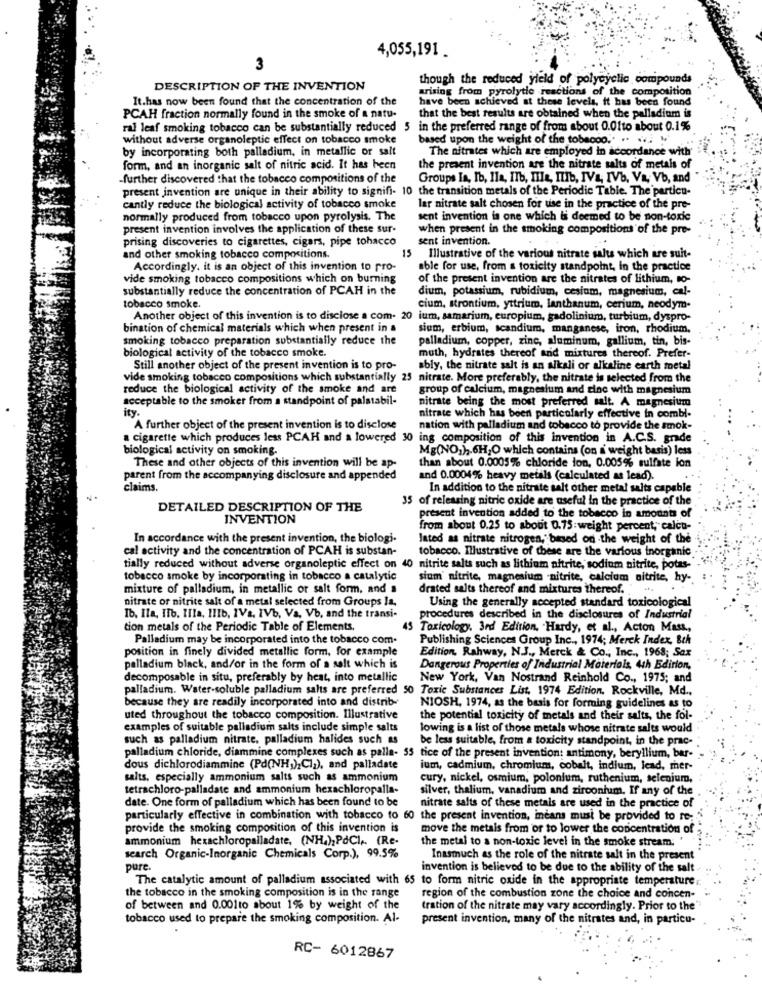
4,055,191 .
3
though the reduced yield of polycyclic compounds
DESCRIPTION OF THE INVENTION
arising from pyrolytic reactions of the composition
It.has now been found that the concentration of the
have been achieved at these levels, it has been found
PCAH fraction normally found in the smoke of a natu-
that the best results are obtained when the palladium is
ral leaf smoking tobacco can be substantially reduced 5 in the preferred range of from about 0.0fto about 0.1%
without adverse organoleptic effect on tobacco smoke
based upon the weight of the tobacco .. .. ...
by incorporating both palladium, in metallic or salt
The nitrates which are employed in accordance with'
form, and an inorganic salt of nitric acid. It has been
the present invention are the nitrate salts of metals of
-further discovered that the tobacco compositions of the
Groups Ia, Ib, Ila, ITb, Ille, ITIb, IVA, IVb. Va. Vb, and
present invention are unique in their ability to signifi- 10 the transition metals of the Periodic Table. The particu-
cantly reduce the biological activity of tobacco smoke
lar nitrate salt chosen for use in the practice of the pre-
normally produced from tobacco upon pyrolysis. The
sent invention is one which li deemed to be non-toxic
present invention involves the application of these sur-
when present in the smoking compositions of the pre-
prising discoveries to cigarettes, cigars, pipe tobacco
sent invention.
and other smoking tobacco compositions.
15 Illustrative of the various nitrate salts which are suit-
Accordingly. it is an object of this invention to pro-
able for use, from s toxicity standpoint, in the practice
vide smoking tobacco compositions which on burning
of the present invention are the nitrates of lithium, to-
substantially reduce the concentration of PCAH in the
dium, potassium, rubidium, cesium, magnesium, cal-
tobacco smoke.
cium, strontium, yttrium, lanthanum, cerium, neodym-
Another object of this invention is to disclose a com- 20 ium, samarium, europium, gadolinium, turbium, dyspro-
bination of chemical materials which when present in a
sium, erbium, scandium, manganese, iron, rhodium.
smoking tobacco preparation substantially reduce the
palladium, copper, zinc, aluminum, gallium, tin, bis-
biological activity of the tobacco smoke.
muth, hydrates thereof and mixtures thereof. Prefer-
Still another object of the present invention is to pro-
ably, the nitrate salt is an alkali or alkaline earth metal
vide smoking tobacco compositions which substantially 25 nitrate. More preferably, the nitrate is selected from the
reduce the biological activity of the smoke and are
group of calcium, magnesium and sine with magnesium
acceptable to the smoker from a standpoint of palstabil-
nitrate being the most preferred salt. A magnesium
ity.
nitrate which has been particularly effective in combl-
A further object of the present invention is to disclose
nation with palladium and tobacco to provide the smok-
a cigarette which produces less PCAH and a lowered 30
ing composition of this invention in A.C.S. grade
biological activity on smoking.
Mg(NO)) ,. 6H,O which contains (on a weight basis) less
than about 0.0005% chloride ion, 0.005% sulfate ion
These and other objects of this invention will be ap-
parent from the accompanying disclosure and appended
and 0.0004% heavy metals (calculated as lead).
claims.
In addition to the nitrate salt other metal salts capable
35 of releasing nitric oxide are useful in the practice of the
DETAILED DESCRIPTION OF THE
INVENTION
present invention added to the tobacco in amounts of
from about 0.25 to about 0.75:weight percent, calcu-
In accordance with the present invention, the biologi.
lated as nitrate nitrogen, based on .the weight of the
cal activity and the concentration of PCAH is substan-
tobacco. Illustrative of these are the various inorganic
tially reduced without adverse organoleptic effect on 40 nitrite salts such as lithium nitrite, sodium nitrite, potas-
tobacco smoke by incorporating in tobacco a catalytic
sium' nitrite, magnesium nitrite, calcium nitrite, hy-
mixture of palladium, in metallic or salt form, and a
drated salts thereof and mixtures thereof.
nitrate or nitrite salt of a metal selected from Groups la.
Using the generally accepted standard toxicological
Ib, Ita, Ilb. IIIa, IlIb, IVa, IVb, Va, Vb, and the transi-
procedures described in the disclosures of Industrial
tion metals of the Periodic Table of Elements,
45
Toxicology. 3rd Edition, Hardy, et al ., Acton Mast,
Palladium may be incorporated into the tobacco com-
Publishing Sciences Group Inc ., 1974; Merck Index, &ch
position in finely divided metallic form, for example
Edition, Rahway, N.J ., Merck & Co ., Inc ., 1968; Sax
palladium black, and/or in the form of a salt which is
Dangerous Properties of Industrial Materials, 4th Edition,
decomposable in situ, preferably by heat, into metallic
New York, Van Nostrand Reinhold Co ., 1975; and
palladium. Water-soluble palladium salts are preferred 50 Toxic Substances List, 1974 Edition. Rockville, Md .,
because they are readily incorporated into and distrib-
NIOSH, 1974, as the basis for forming guidelines as to
uted throughout the tobacco composition. Illustrative
the potential toxicity of metals and their salts, the fol-
examples of suitable palladium salts include simple salts
lowing is a list of those metals whose nitrate salts would
such as palladium nitrate, palladium halides such as
be less suitable, from a toxicity standpoint, in the prac-
palladium chloride, diammine complexes such as palla- 55 tice of the present invention: antimony, beryllium, bar-
dous dichlorodiammine (Pd(NH,);CI1), and palladate
ium, cadmium, chromium, cobalt, indium, lead, mer-
salts, especially ammonium salts such as ammonium
cury, nickel, osmium, polonium, ruthenium, selenium,
tetrachloro-palladate and ammonium hexachloropalla-
silver, thalium, vanadium and zirconium. If any of the
date. One form of palladium which has been found to be
nitrate salts of these metals are used in the practice of
particularly effective in combination with tobacco to 60 the present invention, ineans must be provided to re-
provide the smoking composition of this invention is
move the metais from or to lower the concentration of
ammonium hexachloropalladate, (NH4);PdCI ,. (Re-
the metal to a non-toxic level in the smoke stream. "
search Organic-Inorganic Chemicals Corp.), 99.5%
Inasmuch as the role of the nitrate salt in the present
pure.
invention is believed to be due to the ability of the salt
The catalytic amount of palladium associated with 65 to form nitric oxide in the appropriate temperature
the tobacco in the smoking composition is in the range
region of the combustion zone the choice and concen-
of between and 0.001to about 1% by weight of the
tration of the nitrate may vary accordingly. Prior to the"
tobacco used to prepare the smoking composition. Al-
present invention, many of the nitrates and, in particu-
RC- 6012867